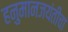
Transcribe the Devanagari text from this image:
हनुमानजयंतीचा